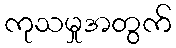
ကုသမှုအတွက်